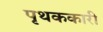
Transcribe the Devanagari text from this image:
पृथककारी